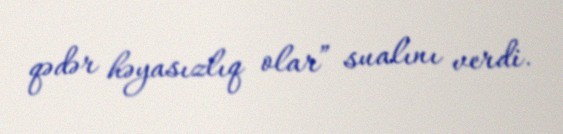
qədər həyasızlıq olar” sualını verdi.